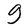
Character: g